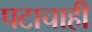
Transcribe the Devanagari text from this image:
पटाचाही